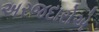
અરજદારોએ